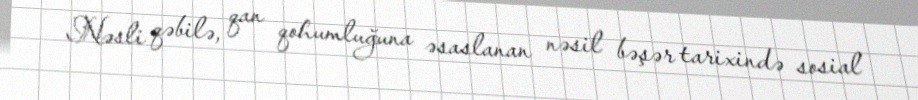
Nəsli qəbilə, qan qohumluğuna əsaslanan nəsil bəşər tarixində sosial